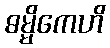
ဓမ္မိကေဟိ